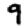
Digit: 9